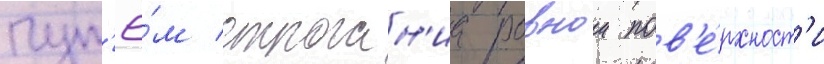
пут'ё́м строган'иа ровнои пов'е́рхност'и